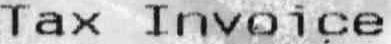
TAX INVOICE